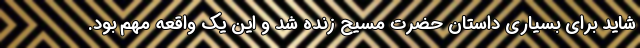
شاید برای بسیاری داستان حضرت مسیح زنده شد و این یک واقعه مهم بود.